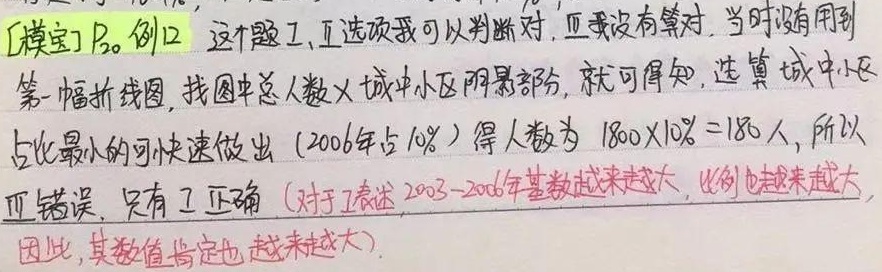
[模宝] \(P_{20}\) 例 12 这个题，I、II 选项我可以判断对，III 我没有算对，当时没有用到第一幅折线图，找图中总人数 \(\times\) 城中小区阴影部分，就可得知，选填城中小区占比最小的可快速做出（2006 年占 \(10\%\)）得人数为 \(1800\times10\% = 180\) 人，所以 III 错误，只有 I 正确（对于 II 表述，2003 - 2006 年基数越来越大，比例也越来越大，因此，其数值肯定也越来越大）。